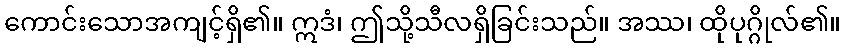
ကောင်းသောအကျင့်ရှိ၏။ ဣဒံ၊ ဤသို့သီလရှိခြင်းသည်။ အဿ၊ ထိုပုဂ္ဂိုလ်၏။